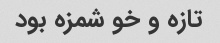
تازه و خو شمزه بود